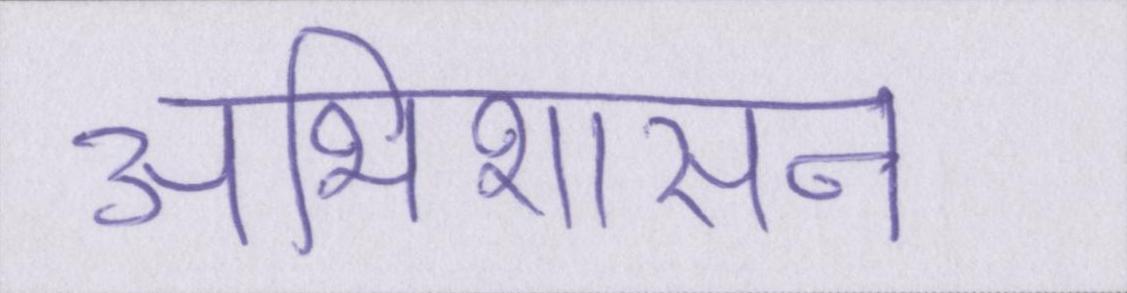
अभिशासन